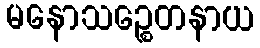
မနောသဉ္စေတနာယ